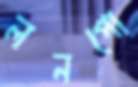
লনপো